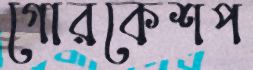
গোরকেশপ